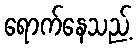
ရောက်နေသည့်